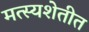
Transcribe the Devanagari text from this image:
मत्स्यशेतीत